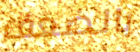
بالضعف